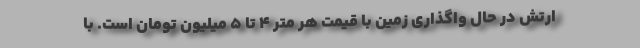
ارتش در حال واگذاری زمین با قیمت هر متر ۴ تا ۵ میلیون تومان است. با